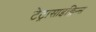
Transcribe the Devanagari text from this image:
टेट्रासाइक्लिन्स